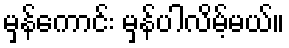
မှန်ကောင်း မှန်ပါလိမ့်မယ်။